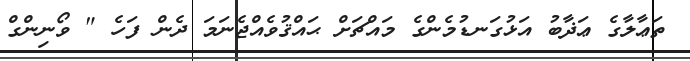
ތަޢާލާގެ ޢަޛާބު އަޅުގަނޑުމެންގެ މައްޗަށް ޙައްޤުވެއްޖެނަމަ ދެން ފަހެ " ވޯނިންގް